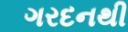
ગરદનથી